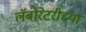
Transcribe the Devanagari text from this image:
लॅबोरेटरीच्या